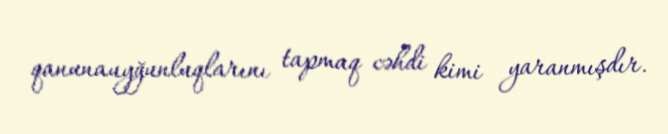
qanunauyğunluqlarını tapmaq cəhdi kimi yaranmışdır.